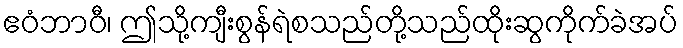
ဧဝံဘာဝီ၊ ဤသို့ကျီးစွန်ရဲစသည်တို့သည်ထိုးဆွကိုက်ခဲအပ်